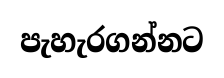
පැහැරගන්නට